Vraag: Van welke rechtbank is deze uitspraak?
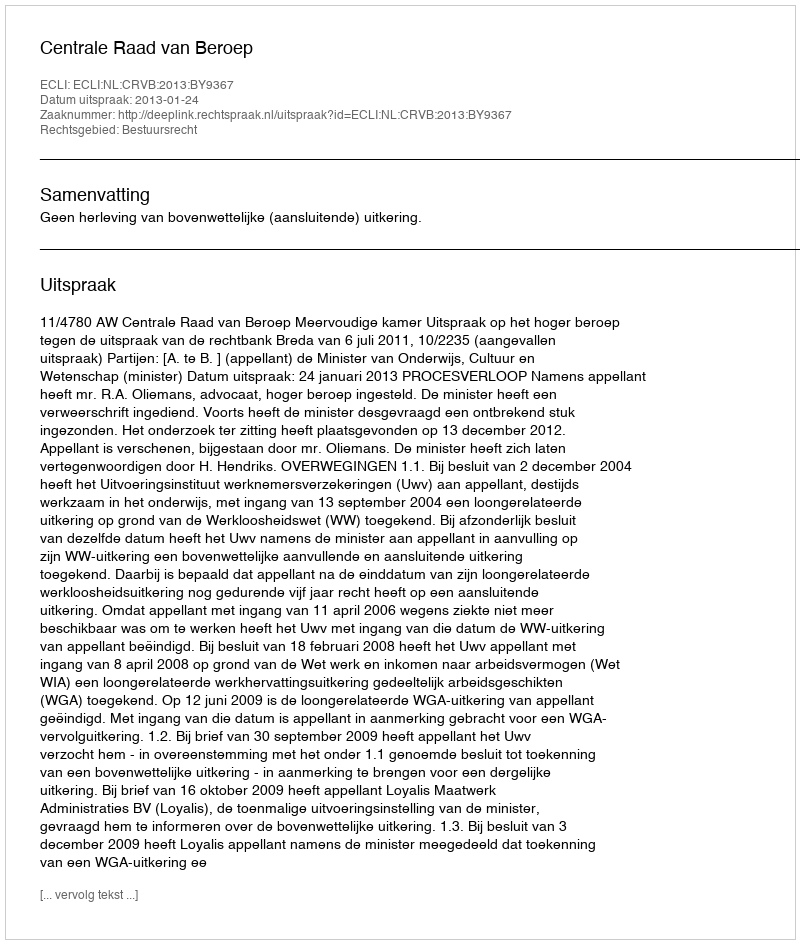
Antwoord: Centrale Raad van Beroep